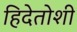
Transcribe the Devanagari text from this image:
हिदेतोशी